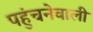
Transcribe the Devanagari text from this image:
पहुंचनेवाली